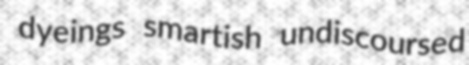
dyeings smartish undiscoursed